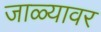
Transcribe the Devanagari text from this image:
जाळ्यावर